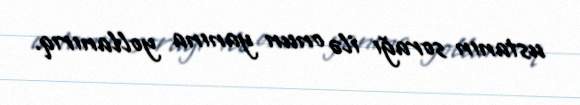
ustanın sorağı ilə onun yanına yollanırıq.